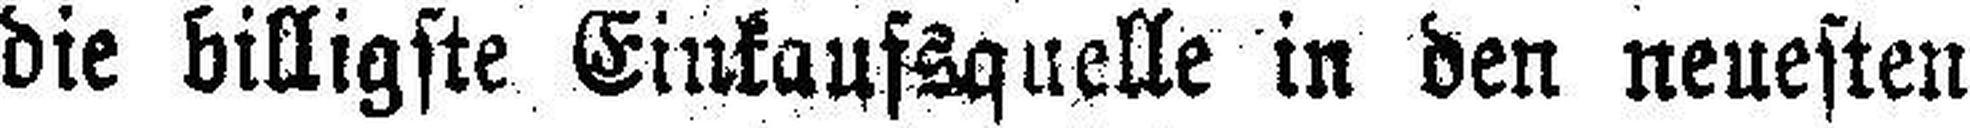
die billigste Einkaufsquelle in den neuesten